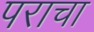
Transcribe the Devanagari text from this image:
पराचा